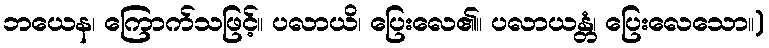
ဘယေန၊ ကြောက်သဖြင့်။ ပလာယိ၊ ပြေးလေ၏။ ပလာယန္တံ၊ ပြေးလေသော။)